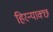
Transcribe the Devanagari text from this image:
हिरन्याक्छ